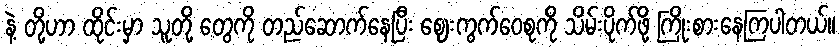
နဲ့ တို့ဟာ ထိုင်းမှာ သူတို့ တွေကို တည်ဆောက်နေပြီး ဈေးကွက်ဝေစုကို သိမ်းပိုက်ဖို့ ကြိုးစားနေကြပါတယ်။